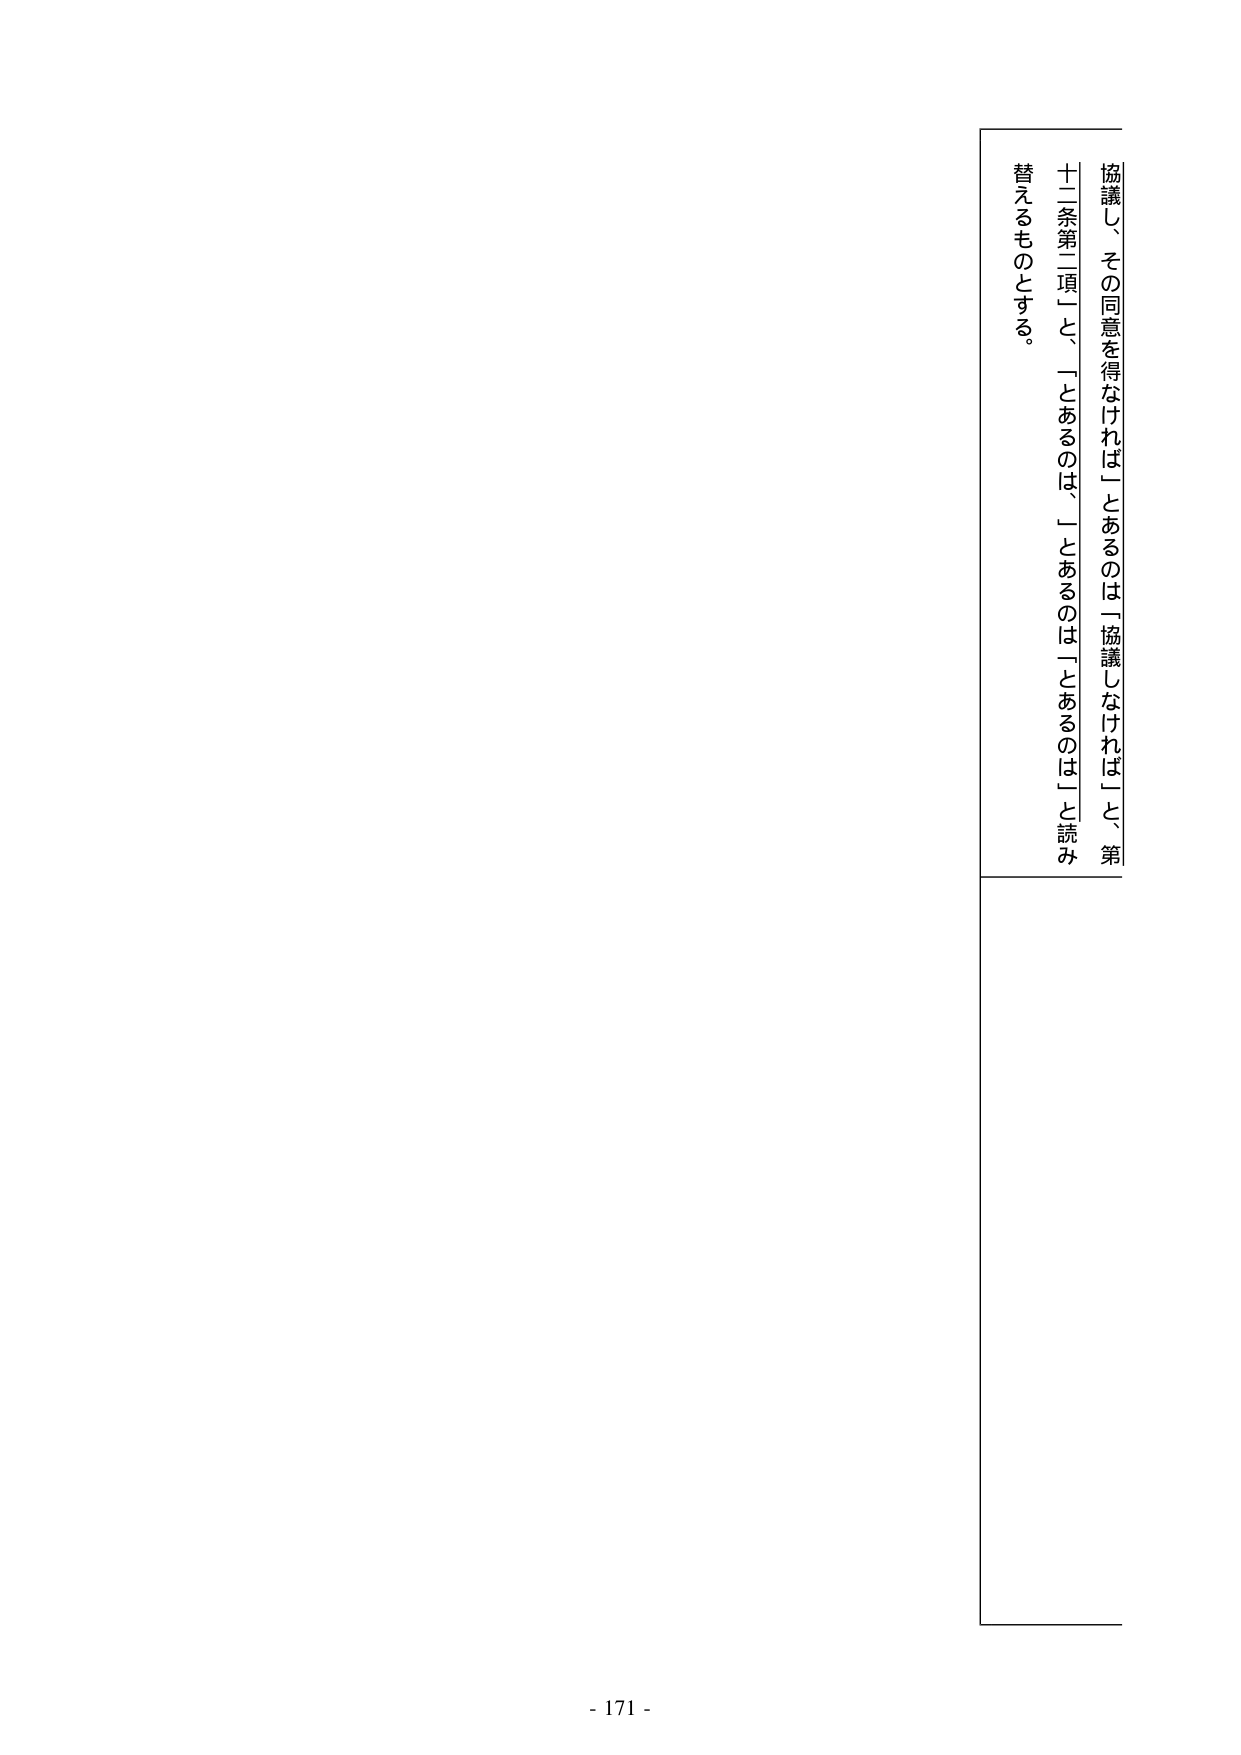
協議し、その同意を得なければ」とあるのは「協議しなければ」と、第
十二条第二項「」、「」は「」と読み
替えるものとする。